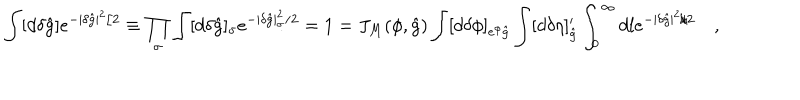
\int [ d \delta { \hat { g } } ] e ^ { - | \delta { \hat { g } } | ^ { 2 } / 2 } \equiv \prod _ { \sigma } \int [ d \delta { \hat { g } } ] _ { \sigma } e ^ { - | \delta { \hat { g } } | _ { \sigma } ^ { 2 } / 2 } = 1 = J _ { M } ( { \cal \phi } , { \hat { g } } ) \int [ d \delta { \cal \phi } ] _ { e ^ { \phi } { \hat { g } } } \int [ d \delta \eta ] _ { \hat { g } } ^ { \prime } \int _ { 0 } ^ { \infty } d l e ^ { - | \delta { \hat { g } } | ^ { 2 } / 2 } \quad ,